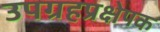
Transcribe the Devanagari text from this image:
उपग्रहप्रक्षेपक